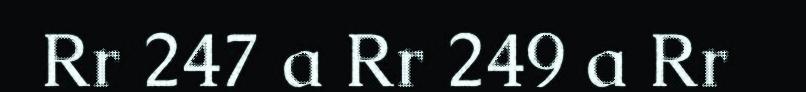
Rr 247 a Rr 249 a Rr